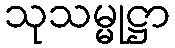
သုသမ္မုဋ္ဌာ